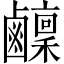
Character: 𬸴